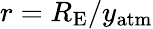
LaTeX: r=R_{\mathrm{E}}/y_{\mathrm{atm}}